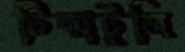
টিকাটুলি